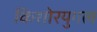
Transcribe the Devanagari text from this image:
किशोरयुगल